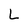
Character: L